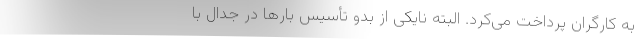
به کارگران پرداخت می‌کرد. البته نایکی از بدو تأسیس بارها در جدال با